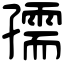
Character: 孺